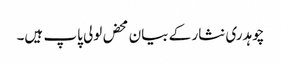
چوہدری نثار کے بیان محض لولی پاپ ہیں۔